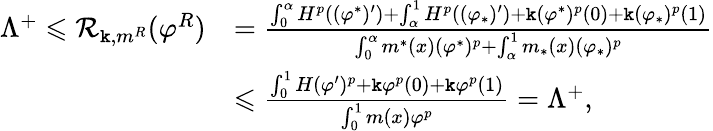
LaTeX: \begin{array}{rl}{\Lambda^{+}\leqslant\mathcal{R}_{\mathtt k,m^{R}}(\varphi^{R})}&{=\frac{\int_{0}^{\alpha}H^{p}((\varphi^{*})^{\prime})+\int_{\alpha}^{1}H^{p}((\varphi_{*})^{\prime})+\mathtt k(\varphi^{*})^{p}(0)+\mathtt k(\varphi_{*})^{p}(1)}{\int_{0}^{\alpha}m^{*}(x)(\varphi^{*})^{p}+\int_{\alpha}^{1}m_{*}(x)(\varphi_{*})^{p}}}\\ &{\leqslant\frac{\int_{0}^{1}H(\varphi^{\prime})^{p}+\mathtt k\varphi^{p}(0)+\mathtt k\varphi^{p}(1)}{\int_{0}^{1}m(x)\varphi^{p}}=\Lambda^{+},}\end{array}